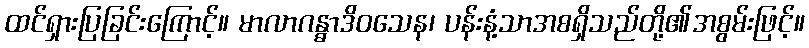
ထင်ရှားပြခြင်းကြောင့်။ မာလာဂန္ဓာဒိဝသေန၊ ပန်းနံ့သာအစရှိသည်တို့၏အစွမ်းဖြင့်။